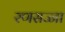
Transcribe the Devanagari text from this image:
रणसज्जा